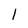
Character: l